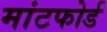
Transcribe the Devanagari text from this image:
मांटफोर्ड